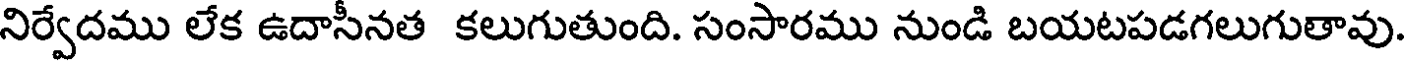
నిర్వేదము లేక ఉదాసీనత కలుగుతుంది. సంసారము నుండి బయటపడగలుగుతావు.